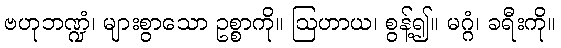
ဗဟုဘဏ္ဍံ၊ များစွာသော ဥစ္စာကို။ ဩဟာယ၊ စွန့်၍။ မဂ္ဂံ၊ ခရီးကို။